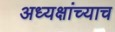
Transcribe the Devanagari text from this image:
अध्यक्षांच्याच